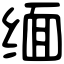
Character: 缅